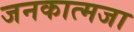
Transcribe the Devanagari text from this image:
जनकात्मजा